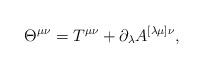
LaTeX: \begin{align*}\Theta^{\mu\nu}=T^{\mu\nu}+\partial_\lambda A^{[\lambda\mu]\nu},\end{align*}